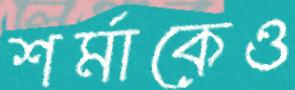
শর্মাকেও